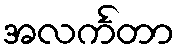
အလင်္ကတာ